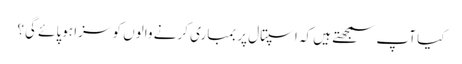
کیا آپ سمجھتے ہیں کہ اسپتال پر بمباری کرنے والوں کو سزا ہوپائے گی؟